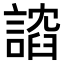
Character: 𫍈